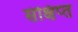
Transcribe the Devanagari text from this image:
संक्षिप्‍त